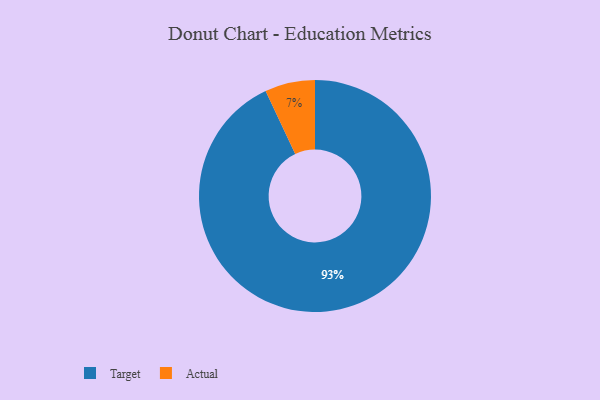
{"axis": {"x": "Category", "y": "Percentage"}, "legend": ["Actual", "Target"], "data": [{"x": "Actual", "y": 7, "type": "Actual"}, {"x": "Target", "y": 93, "type": "Target"}]}